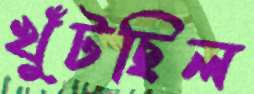
খুঁটছিল